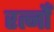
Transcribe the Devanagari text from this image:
रत्नोँ